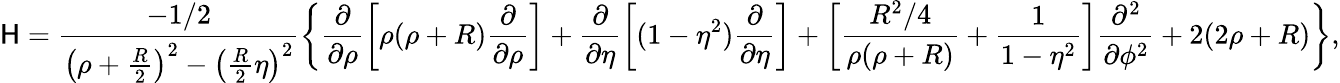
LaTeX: \mathsf{H}=\frac{{-1/2}}{{\left(\rho+\frac{{R}}{{2}}\right)^{2}-\left(\frac{{R}}{{2}}\eta\right)^{2}}}\left\{ \frac{{\partial}}{{\partial\rho}}\left[\rho(\rho+R)\frac{{\partial}}{{\partial\rho}}\right]+\frac{{\partial}}{{\partial\eta}}\left[(1-\eta^{2})\frac{{\partial}}{{\partial\eta}}\right]+\left[\frac{{R^{2}/4}}{{\rho(\rho+R)}}+\frac{{1}}{{1-\eta^{2}}}\right]\frac{{\partial^{2}}}{{\partial\phi^{2}}}+2(2\rho+R)\right\} ,